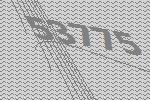
53775